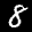
Label: 8